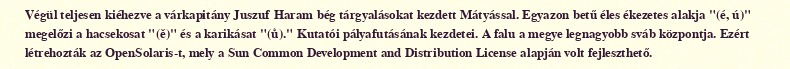
Végül teljesen kiéhezve a várkapitány Juszuf Haram bég tárgyalásokat kezdett Mátyással. Egyazon betű éles ékezetes alakja "(é, ú)" megelőzi a hacsekosat "(ě)" és a karikásat "(ů)." Kutatói pályafutásának kezdetei. A falu a megye legnagyobb sváb központja. Ezért létrehozták az OpenSolaris-t, mely a Sun Common Development and Distribution License alapján volt fejleszthető.